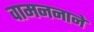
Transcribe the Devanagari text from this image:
वामननाने